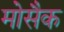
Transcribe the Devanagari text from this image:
मोसैक